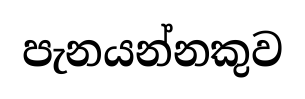
පැනයන්නකුව